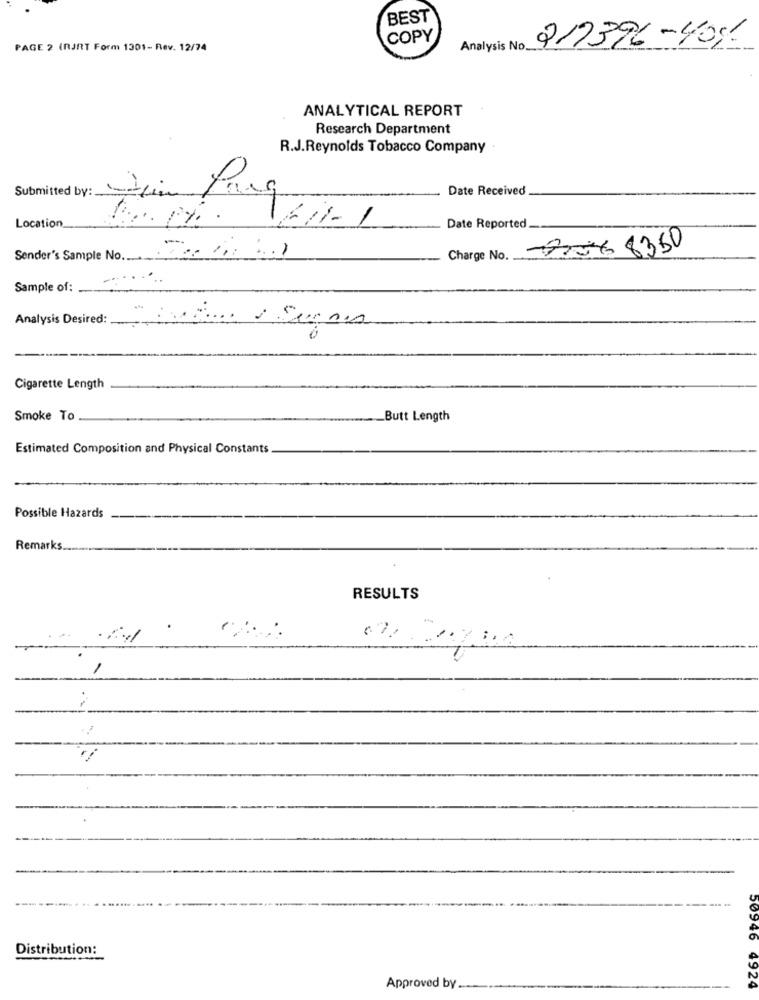
BEST
COPY
PAGE 2 (RJRT Form 1301- Rev. 12/74
Analysis No.
217396-40%-
ANALYTICAL REPORT
Research Department
R.J.Reynolds Tobacco Company
Submitted by:
Date Received
Location
Date Reported
Sender's Sample No211120
7:56 8350
Charge No.
Sample of:
Analysis Desired:
Cigarette Length
Smoke To
Butt Length
Estimated Composition and Physical Constants
Possible Hazards
Remarks.
RESULTS
50946
Distribution:
Approved by -
4924